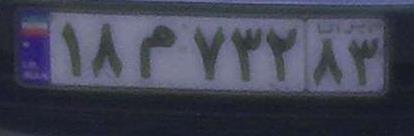
۱۸م۷۳۲۸۳